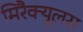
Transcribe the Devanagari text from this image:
मिरैक्यूलस